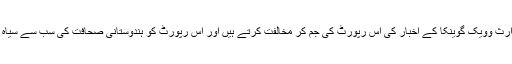
اس لیے شری رام ناتھ گوینکا کے وارث وویک گوینکا کے اخبار کی اس رپورٹ کی جم کر مخالفت کرتے ہیں اور اس رپورٹ کو ہندوستانی صحافت کی سب سے سیاہ رپورٹ کے روپ میں دیکھتے ہیں۔